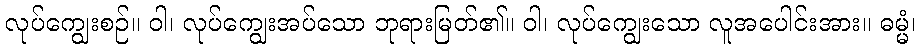
လုပ်ကျွေးစဉ်။ ဝါ၊ လုပ်ကျွေးအပ်သော ဘုရားမြတ်၏။ ဝါ၊ လုပ်ကျွေးသော လူအပေါင်းအား။ ဓမ္မံ၊